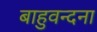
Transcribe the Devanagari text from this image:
बाहुवन्दना